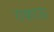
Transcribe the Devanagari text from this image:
राकाऊ